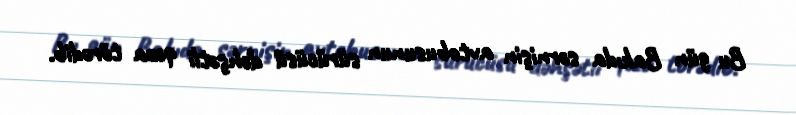
Bu gün Bakıda sərnişin avtobusunun sürücüsü dəhşətli qəza törədib.